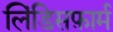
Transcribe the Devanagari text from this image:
लिंडिसफ़ार्म